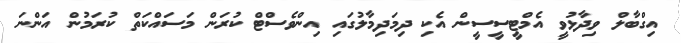
އިގްބާލް ވިދާޅުވީ އެމްޓީސީސީން އެކި ދިމަދިމާލުގައި އިންވެސްޓް ކުރަން މަސައްކަތް ކުރަމުން އަންނަ